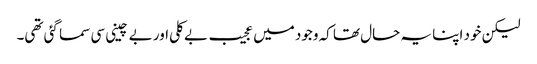
لیکن خود اپنا یہ حال تھا کہ وجود میں عجیب بے کلی اور بے چینی سی سما گئی تھی۔